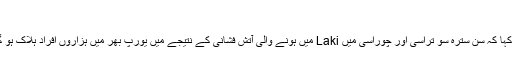
‘‘
انہوں نے کہا کہ سن سترہ سو تراسی اور چوراسی میں Laki میں ہونے والی آتش فشانی کے نتیجے میں یورپ بھر میں ہزاروں افراد ہلاک ہو گئے تھے۔